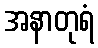
အနာတုရံ